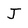
Character: J